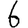
Digit: 6